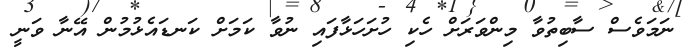
ނަމަވެސް ސާބިތުވާ މިންވަރަށް ހެކި ހުށަހަޅާފައި ނުވާ ކަމަށް ކަނޑައެޅުމުން އޭނާ ވަނީ